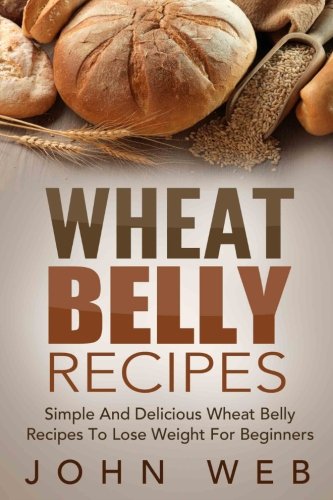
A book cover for Wheat Belly: Wheat Belly Recipes - Simple And Delicious Wheat Belly Recipes To Lose Weight For Beginners (Wheat Belly Cookbook, Grain Free, Wheat Free, Gluten Free); John Web; Cookbooks, Food & Wine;